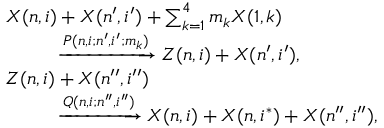
\begin{array} { r l } & { X ( n , i ) + X ( n ^ { \prime } , i ^ { \prime } ) + \sum _ { k = 1 } ^ { 4 } m _ { k } X ( 1 , k ) } \\ & { ~ ~ ~ ~ ~ ~ ~ ~ \xrightarrow { P ( n , i ; n ^ { \prime } , i ^ { \prime } ; m _ { k } ) } Z ( n , i ) + X ( n ^ { \prime } , i ^ { \prime } ) , } \\ & { Z ( n , i ) + X ( n ^ { \prime \prime } , i ^ { \prime \prime } ) } \\ & { ~ ~ ~ ~ ~ ~ ~ ~ \xrightarrow { Q ( n , i ; n ^ { \prime \prime } , i ^ { \prime \prime } ) } X ( n , i ) + X ( n , i ^ { * } ) + X ( n ^ { \prime \prime } , i ^ { \prime \prime } ) , } \end{array}